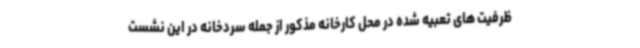
ظرفیت های تعبیه شده در محل کارخانه مذکور از جمله سردخانه در این نشست